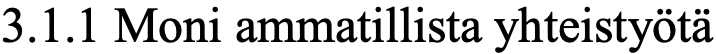
3.1.1 Moni ammatillista yhteistyötä